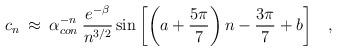
LaTeX: \begin{align*}c_n \> \approx \> \alpha_{con}^{-n}\> \frac{e^{- \beta}}{n^{3/2}}\sin \left [ \left (a+{5 \pi \over 7}\right ) n - {3 \pi \over 7} + b \right ] \;\;\;,\end{align*}